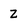
Character: Z